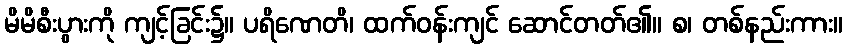
မိမိစီးပွားကို ကျင့်ခြင်း၌။ ပရိဏေတိ၊ ထက်ဝန်းကျင် ဆောင်တတ်၏။ စ၊ တစ်နည်းကား။